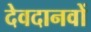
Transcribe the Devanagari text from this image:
देवदानवों